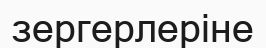
зергерлеріне